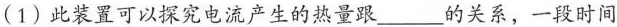
(1) 此装置可以探究电流产生的热量跟___的关系 ，一段时间